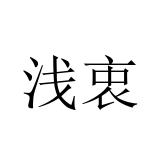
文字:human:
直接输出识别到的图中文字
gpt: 浅衷